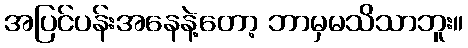
အပြင်ပန်းအနေနဲ့တော့ ဘာမှမသိသာဘူး။